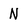
Character: N